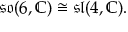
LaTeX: { \mathfrak { s o } } ( 6 , \mathbb { C } ) \cong { \mathfrak { s l } } ( 4 , \mathbb { C } ) .